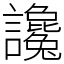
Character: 讒